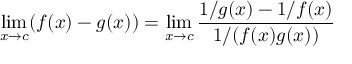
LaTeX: \operatorname* { l i m } _ { x \to c } ( f ( x ) - g ( x ) ) = \operatorname* { l i m } _ { x \to c } { \frac { 1 / g ( x ) - 1 / f ( x ) } { 1 / ( f ( x ) g ( x ) ) } }